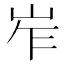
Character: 岝